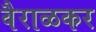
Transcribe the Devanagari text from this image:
वैराळकर